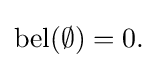
\operatorname {bel} (\emptyset )=0.\,\!